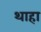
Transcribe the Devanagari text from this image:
थाहा